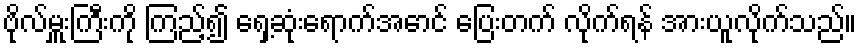
ဗိုလ်မှူးကြီးကို ကြည့်၍ ရှေ့ဆုံးရောက်အောင် ပြေးတက် လိုက်ရန် အားယူလိုက်သည်။